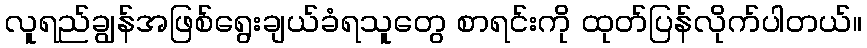
လူရည်ချွန်အဖြစ်ရွေးချယ်ခံရသူတွေ စာရင်းကို ထုတ်ပြန်လိုက်ပါတယ်။